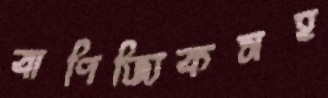
বাণিজ্যিকসহ